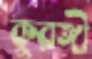
কুরঙ্গী